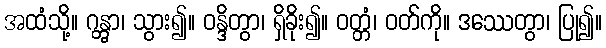
အထံသို့။ ဂန္တွာ၊ သွား၍။ ဝန္ဒိတွာ၊ ရှိခိုး၍။ ဝတ္တံ၊ ဝတ်ကို။ ဒဿေတွာ၊ ပြု၍။